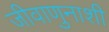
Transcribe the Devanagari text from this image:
जीवाणुनाशी